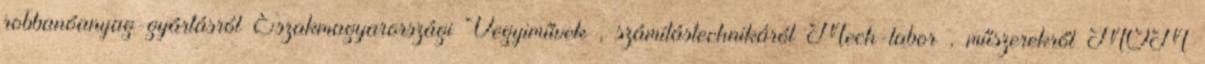
robbanóanyag-gyártásról Északmagyarországi Vegyiművek , számítástechnikáról Mech-labor , műszerekről MOM